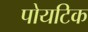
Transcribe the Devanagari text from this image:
पोयटिक